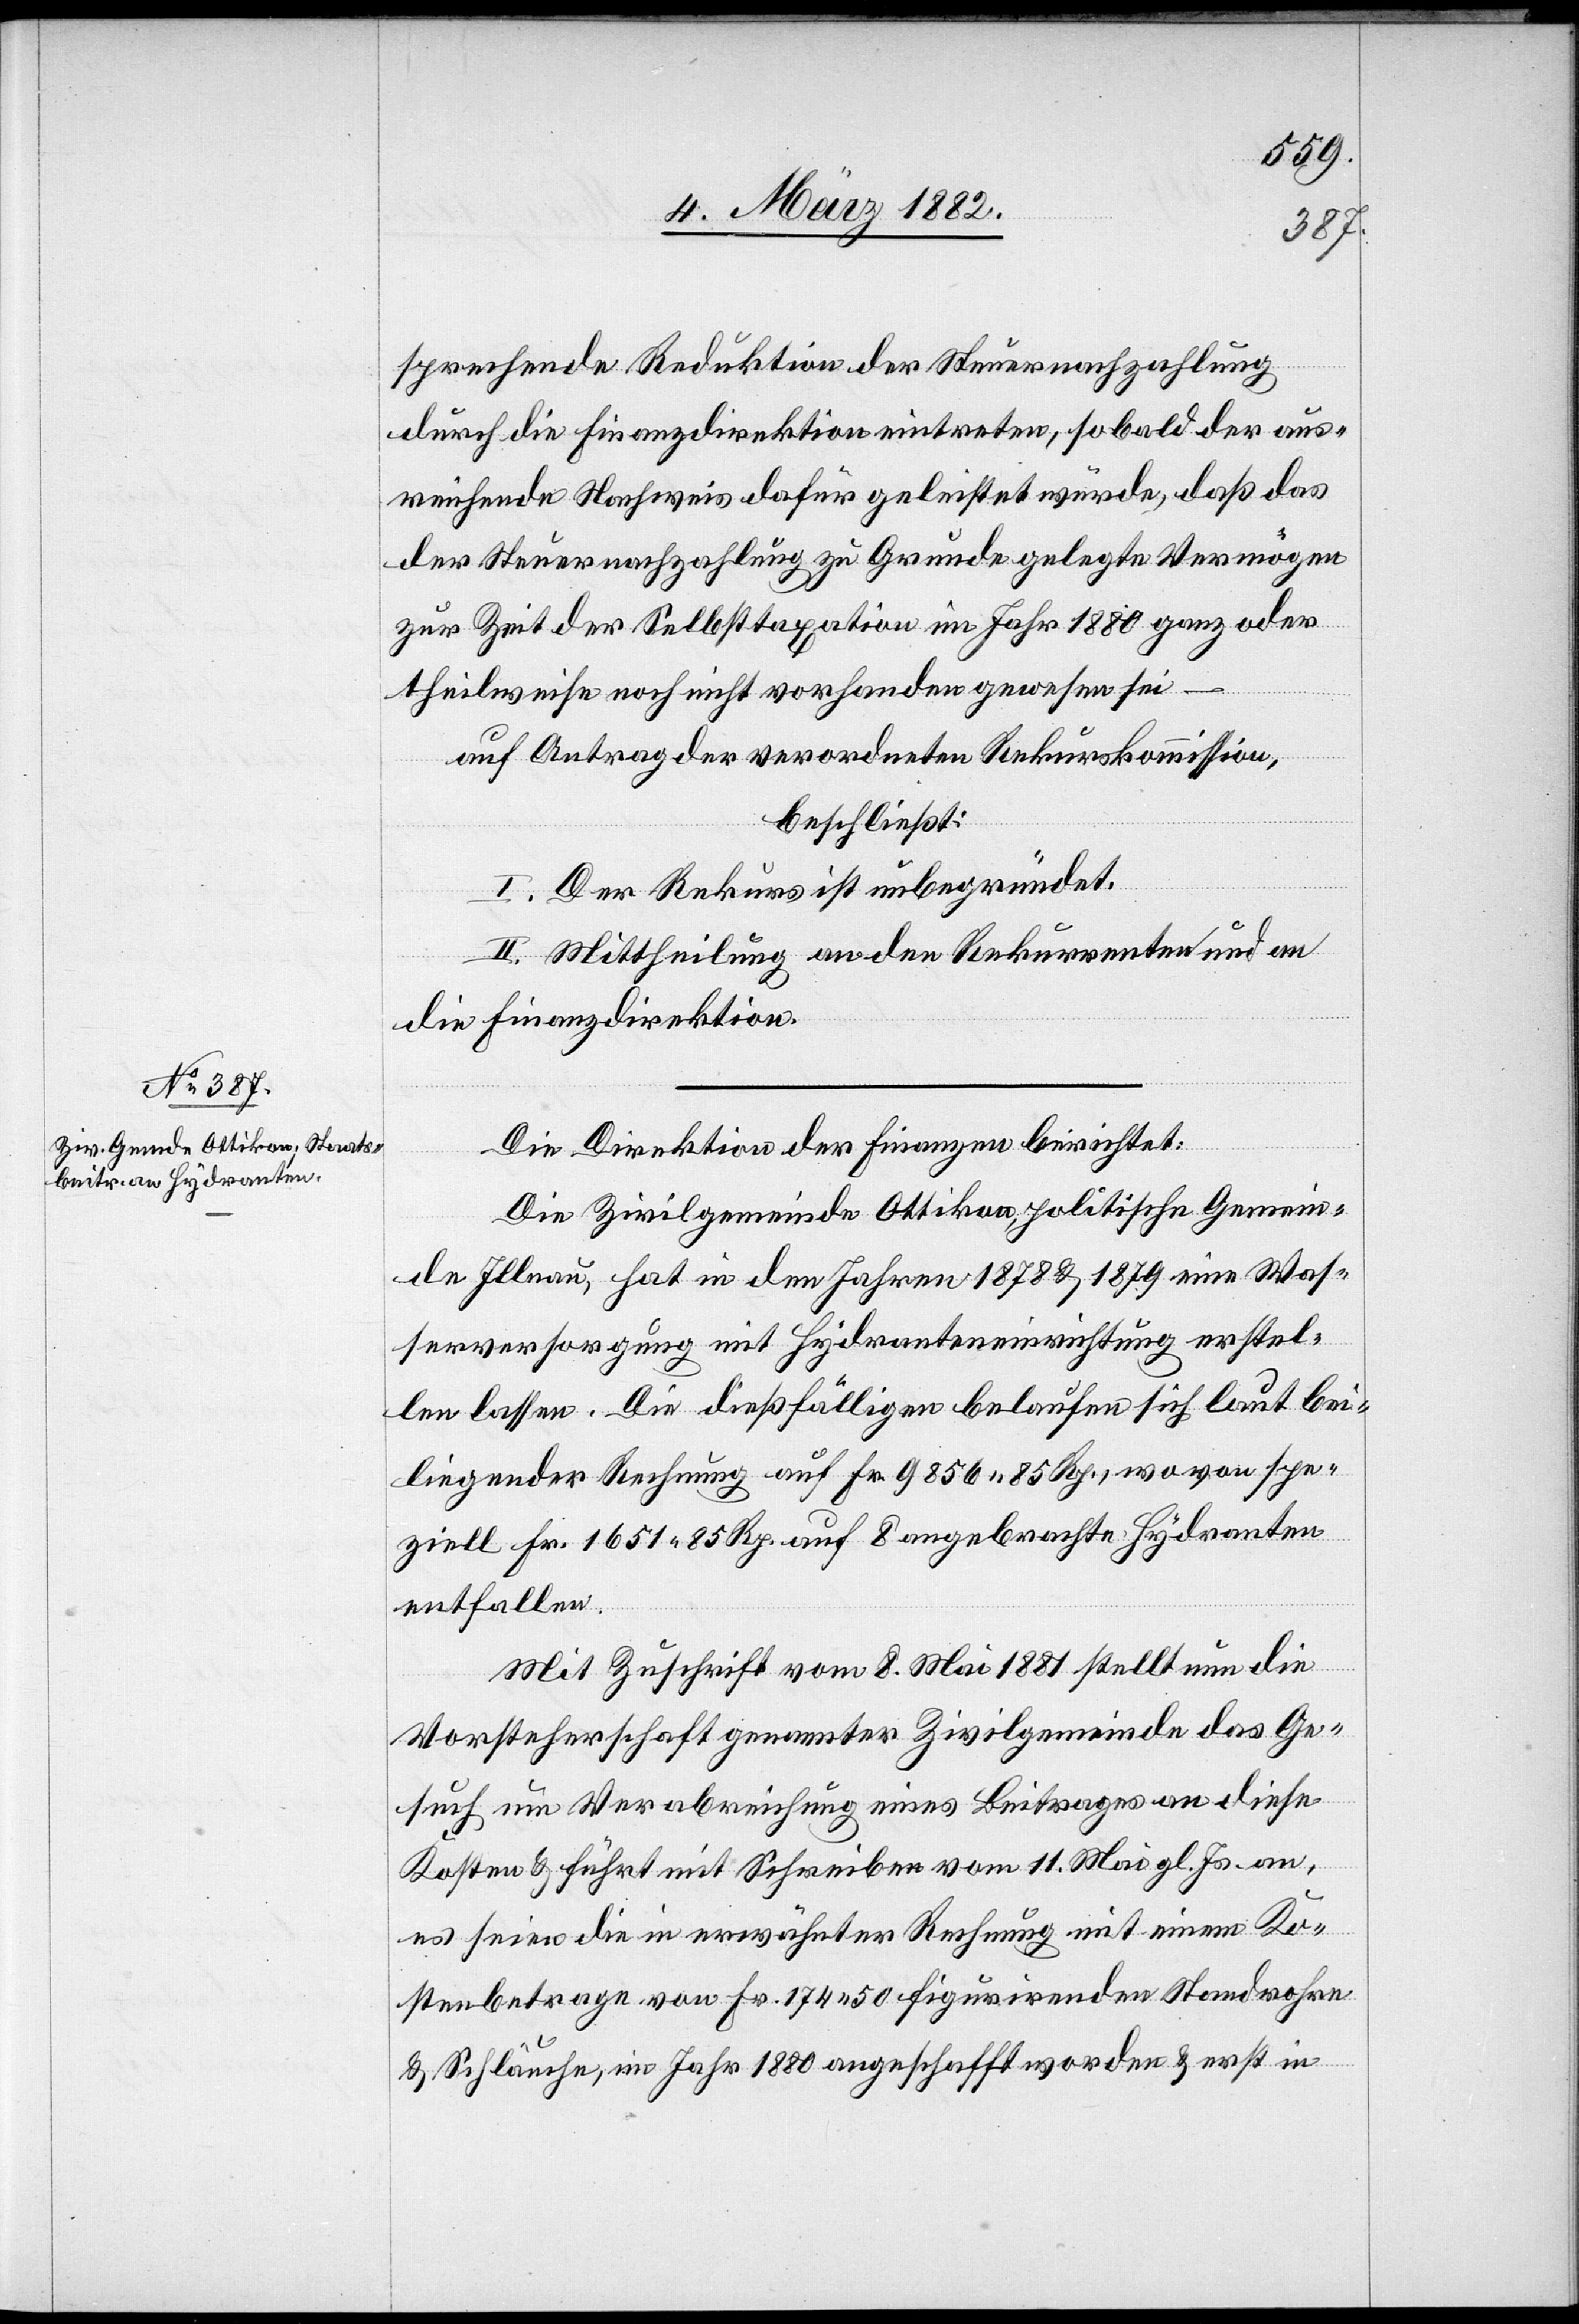
sprechende Reduktion der Steuernachzahlung
durch die Finanzdirektion eintreten, sobald der aus¬
reichende Nachweis dafür geleistet wurde, daß das
der Steuernachzahlung zu Grunde gelegte Vermögen
zur Zeit der Selbsttaxation im Jahr 1880 ganz oder
theilweise noch nicht vorhanden gewesen sei
auf Antrag der verordneten Rekurskommission,
beschließt:
I. Der Rekurs ist unbegründet.
II. Mittheilung an den Rekurrenten und an
die Finanzdirektion.
Die Direktion der Finanzen berichtet:
Die Zivilgemeinde Ottikon, politische Gemein¬
de Illnau, hat in den Jahren 1878 & 1879 eine Was¬
serversorgung mit Hydranteneinrichtung erstel¬
len lassen. Die dießfälligen belaufen sich laut bei¬
liegender Rechnung auf Fr. 9856 85 Rp., wovon spe¬
ziell Fr. 1651 85 Rp. auf 8 angebrachte Hydranten
entfallen.
Mit Zuschrift vom 8. Mai 1881 stellt nun die
Vorsteherschaft genannter Zivilgemeinde das Ge¬
such um Verabreichung eines Beitrages an diese
Kosten & führt mit Schreiben vom 11 Mai gl. Js. an,
es seien die in erwähnter Rechnung mit einem Ko¬
stenbetrage von Fr. 174 50 figurirenden Standrohre
& Schläuche, im Jahr 1880 angeschafft worden & erst in